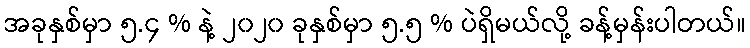
အခုနှစ်မှာ ၅.၄ % နဲ့ ၂၀၂၀ ခုနှစ်မှာ ၅.၅ % ပဲရှိမယ်လို့ ခန့်မှန်းပါတယ်။